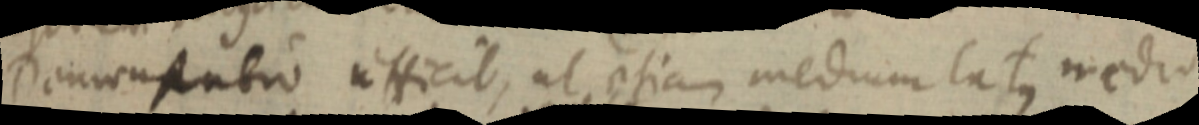
Demonstratio efficit, ut etiam medium latus medio